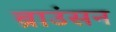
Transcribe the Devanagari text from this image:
ब्राउंसन